Lunatic asylums United Prov. 1922-30 - 1922-1930
Year: 1922
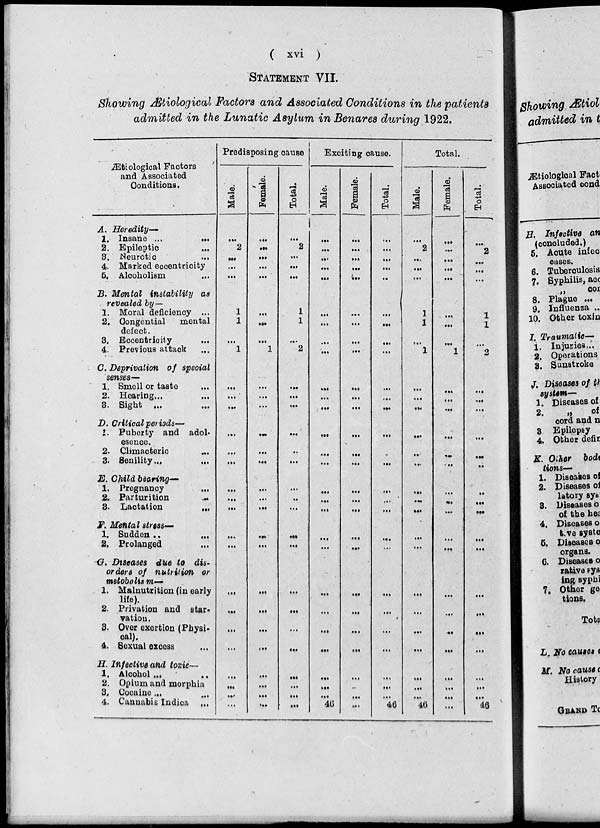
( xvi )
STATEMENT VII.
Showing Ætiological Factors and Associated Conditions in the patients
admitted in the Lunatic Asylum in Benares during 1922.
Ætiological Factors
and Associated
Conditions.
A. Heredity—
1. Insane ...
...
2. Epileptic ...
3. Neurotic ...
4. Marked eccentricity
5. Alcoholism ...
B. Mental instability as
revealed by—
1. Moral deficiency ...
2. Congential mental
defect.
3. Eccentricity ...
4. Previous attack ...
C. Deprivation of special
senses—
1. Smell or taste ...
2. Hearing ... ...
3. Sight ... ...
D. Critical periods—
1. Puberty and adol-
esence.
2. Climacteric ...
3. Senility ... ...
E. Child bearing—
1. Pregnancy ...
2. Parturition
...
3. Lactation
...
F. Mental stress—
1. Sudden
...
...
2. Prolanged ...
G. Diseases due to dis-
orders of nutrition or
metobolism—
1. Malnutrition (in early
life).
2. Privation and star-
vation.
3. Over exertion (Physi-
cal).
4. Sexual excess ...
H. Infective and toxic—
1. Alcohol ...
2. Opium and morphia
3. Cooaine ... ...
4. Cannabis Indica ...
Predisposing cause
Male.
...
2
...
...
...
1
1
...
1
...
...
...
...
...
...
...
...
...
...
...
...
...
...
...
...
...
...
...
...
Female.
...
...
...
...
...
...
...
...
1
...
...
...
...
...
...
...
...
...
...
...
...
...
...
...
...
...
...
...
...
Total.
...
2
...
...
...
1
1
...
2
...
...
...
...
...
...
...
...
...
...
...
...
...
...
...
...
...
...
...
...
Exciting cause.
Male.
...
...
...
...
...
...
...
...
...
...
...
...
...
...
...
...
...
...
...
...
...
...
...
...
...
...
...
...
46
Female.
...
...
...
...
...
...
...
...
...
...
...
...
...
...
...
...
...
...
...
...
...
...
...
...
...
...
...
...
...
Total.
...
...
...
...
...
...
...
...
...
...
...
...
...
...
...
...
...
...
...
...
...
...
...
...
...
...
...
...
46
Total.
Male.
...
2
...
...
...
1
1
...
1
...
...
...
...
...
...
...
...
...
...
...
...
...
...
...
...
...
...
...
46
Female.
...
...
...
...
...
...
...
...
1
...
...
...
...
...
...
...
...
...
...
...
...
...
...
...
...
...
...
...
...
Total.
...
2
...
...
...
1
1
...
2
...
...
...
...
...
...
...
...
...
...
...
...
...
...
...
...
...
...
...
46